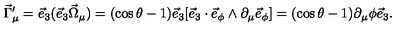
\vec { \Gamma } _ { \mu } ^ { \prime } = \vec { e } _ { 3 } ( \vec { e } _ { 3 } \vec { \Omega } _ { \mu } ) = ( \cos \theta - 1 ) \vec { e } _ { 3 } [ \vec { e } _ { 3 } \cdot \vec { e } _ { \phi } \wedge \partial _ { \mu } \vec { e } _ { \phi } ] = ( \cos \theta - 1 ) \partial _ { \mu } \phi \vec { e } _ { 3 } .